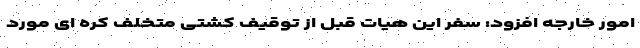
امور خارجه افزود: سفر این هیات قبل از توقیف کشتی متخلف کره ای مورد